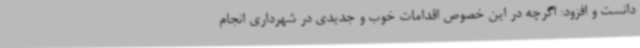
دانست و افزود: اگرچه در این خصوص اقدامات خوب و جدیدی در شهرداری انجام